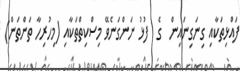
ފައްޅިތަކާއި ގިނަގިނައިން  ގެ  ފުޅު ނަންގަނެވޭ މިސްކިތްތަކާއި (މިހުރިހާ ތަންތަން)